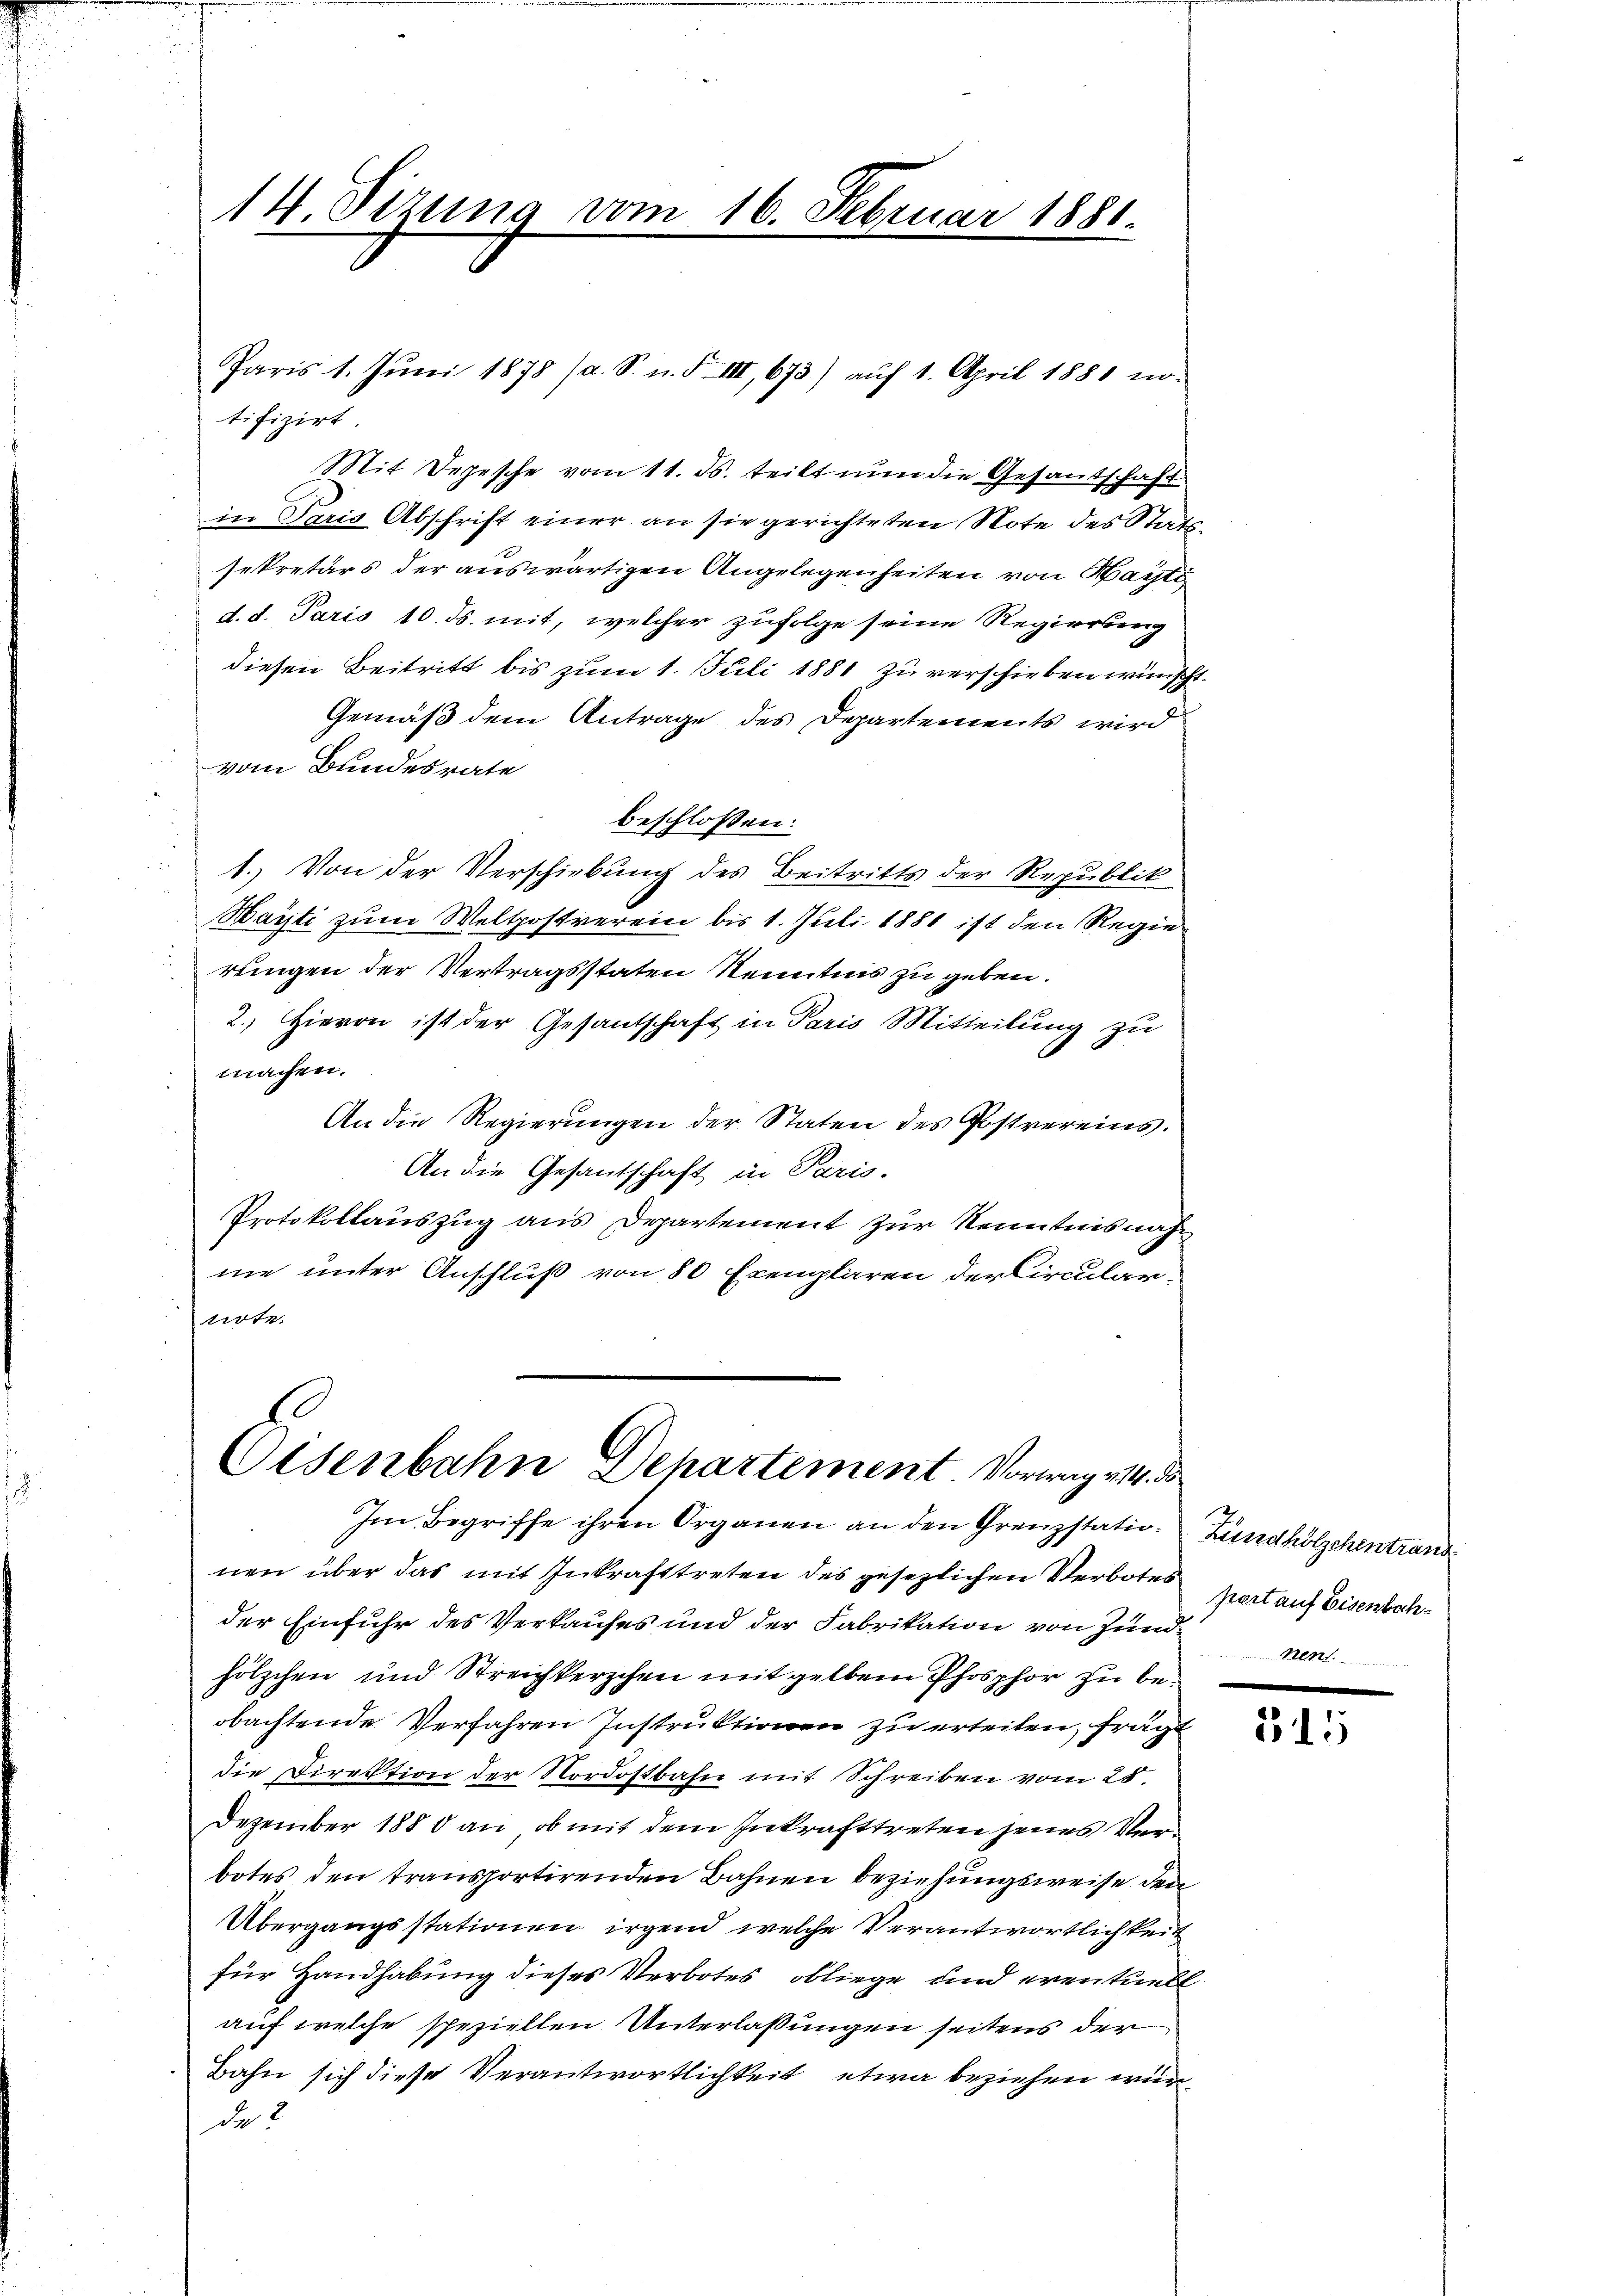
14 Sizung vom 16. Februar 1881.

tifizirt
Mit Depesche vom 11. ds. teilt nun die Gesantschaft
in Paris Abschrift einer an sie gerichteten Note des Stattsekretärs der auswärtigen Angelegenheiten von Marti
d. d. Paris 10. ds. mit, welcher zufolge seine Regierung
diesen Beitritt bis zum 1. Juli 1881 zu verschieben wünsche
Gemäß dem Antrage des Departements wird
s
vom Bundesrate
beschlossen:
1. Von der Verschiebung des Beitritts der Republik
Marti zum Weltpostverein bis 1. Juli 1881 ist den Regiereigen der Vertragsstaten Kenntnis zu geben.
2.) Hievon ist der Gesantschaft in Paris Mitteilung zu
machen.
An die Regierungen der Staten des Postvereins.
An die Gesantschaft in Paris.
Protokollauszug aus Departement zur Kenntnisnahe
me unter Anschluß von 80 Exemplaren der Circulartirte

Paris 1. Jŭni 1878 (a. S. n. F. III, 673) auf 1. April 1881 no-

Eisenbahn Departement Vorweg 14. d
Im Begriffe ihren Organen an den Grenzstation Zündhölzchentrand

nen über das mit Inkrafttreten des gesezlichen Verbotes part auf Eisenbachder Einfuhr des Verkaufes und der Fabrikation von Zundenen
hölzchen und Streichterschen mit gelben Phosphor zu beobachtende Verfahren Instruktionen zu erteilen, frägt
die Direktion der Nordostbahn mit Schreiben vom 28.
Dezember 1880 an, ob mit dem Inkrafttreten jenes Verbotes den transportirenden Bahnen beziehungsweise den
Übergangsstationen irgend welche Verantwortlichkeit
für Handhabung dieses Verbotes obliege und eventuell
auf welche speziellen Unterlassungen seitens der
Bahn sich diese Verantwortlichkeit etwa beziehen wurde 2

51.